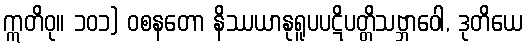
ဣတိဝု။ ၁၀၁) ဝစနတော နိဿယာနုရူပပဋိပတ္တိသဗ္ဘာဝေါ, ဒုတိယေ